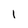
Character: 1